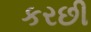
કરછી